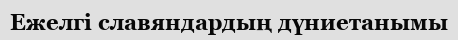
Ежелгі славяндардың дүниетанымы